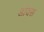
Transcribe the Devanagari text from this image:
डॉयस